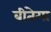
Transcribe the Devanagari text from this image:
बीतेगा